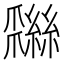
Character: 𦆩